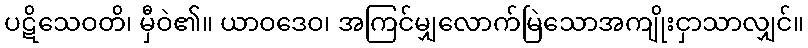
ပဋိသေဝတိ၊ မှီဝဲ၏။ ယာဝဒေဝ၊ အကြင်မျှလောက်မြဲသောအကျိုးငှာသာလျှင်။